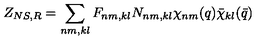
Z _ { N S , R } = \sum _ { n m , k l } F _ { n m , k l } N _ { n m , k l } \chi _ { n m } ( q ) \bar { \chi } _ { k l } ( \bar { q } )